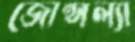
জোন্সল্যা